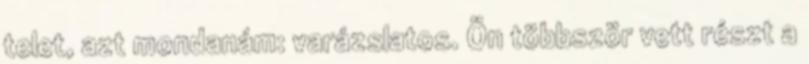
telet, azt mondanám: varázslatos. Ön többször vett részt a